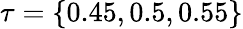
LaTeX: \tau=\{ 0.45,0.5,0.55\}